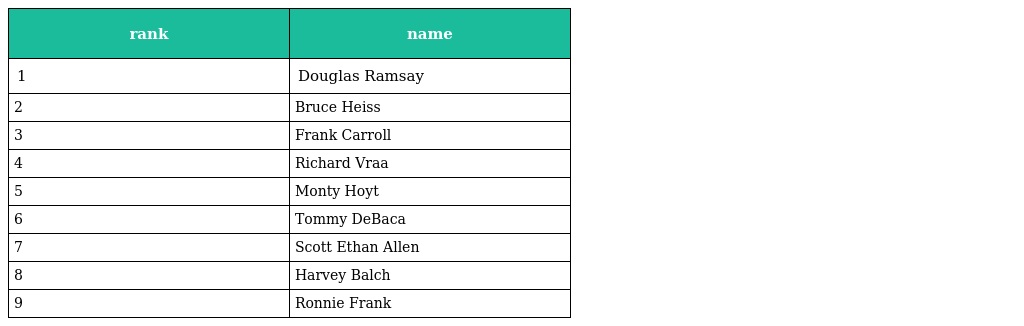
| rank | name |
 | --- | --- |
 | 1 | Douglas Ramsay |
 | 2 | Bruce Heiss |
 | 3 | Frank Carroll |
 | 4 | Richard Vraa |
 | 5 | Monty Hoyt |
 | 6 | Tommy DeBaca |
 | 7 | Scott Ethan Allen |
 | 8 | Harvey Balch |
 | 9 | Ronnie Frank |